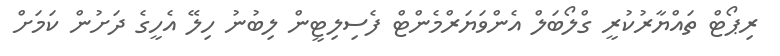
ރިޕޯޓް ތައްޔާރުކުރީ ގްލޯބަލް އެންވަޔަރްމެންޓް ފެސިލިޓީން ލިބުނު ހިލޭ އެހީގެ ދަށުން ކަމަށް